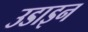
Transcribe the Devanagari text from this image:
उडाइन